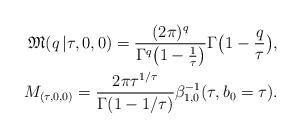
LaTeX: \begin{align*}\mathfrak{M}(q\,|\tau, 0, 0)=\frac{(2\pi)^q}{\Gamma^q\bigl(1-\frac{1}{\tau}\bigr)}\Gamma\bigl(1-\frac{q}{\tau}\bigr), \\M_{(\tau, 0, 0)} = \frac{2\pi \tau^{1/\tau}}{\Gamma(1-1/\tau)}\beta_{1,0}^{-1}(\tau, b_0=\tau).\end{align*}